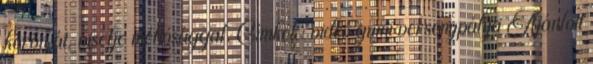
körön át, viselje méltósággal. Címkék: videó gumi versenypálya Ajánlott